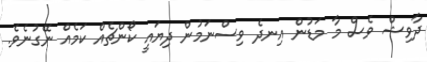
ދާވިޝް ވެސް މާ މަޑުން އިނދެ ވިސްނަމުން ދިޔައީ ކޯންޗެއް ކަމެއް ނޭގުނެވެ.